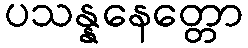
ပသန္နနေတ္တော